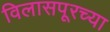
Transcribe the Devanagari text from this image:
विलासपूरच्या